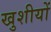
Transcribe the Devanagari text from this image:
खुशीयों